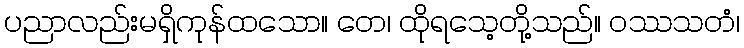
ပညာလည်းမရှိကုန်ထသော။ တေ၊ ထိုရသေ့တို့သည်။ ဝဿသတံ၊